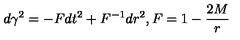
d \gamma ^ { 2 } = - F d t ^ { 2 } + F ^ { - 1 } d r ^ { 2 } , F = 1 - { \frac { 2 M } { r } }